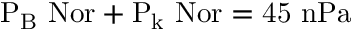
\mathrm { P _ { B } \ N o r + P _ { k } \ N o r = 4 5 \ n P a }